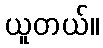
ယူတယ်။